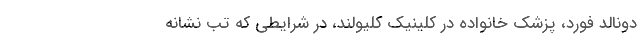
دونالد فورد، پزشک خانواده در کلینیک کلیولند، در شرایطی که تب نشانه